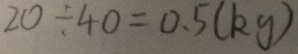
2 0 \div 4 0 = 0 . 5 ( k g )